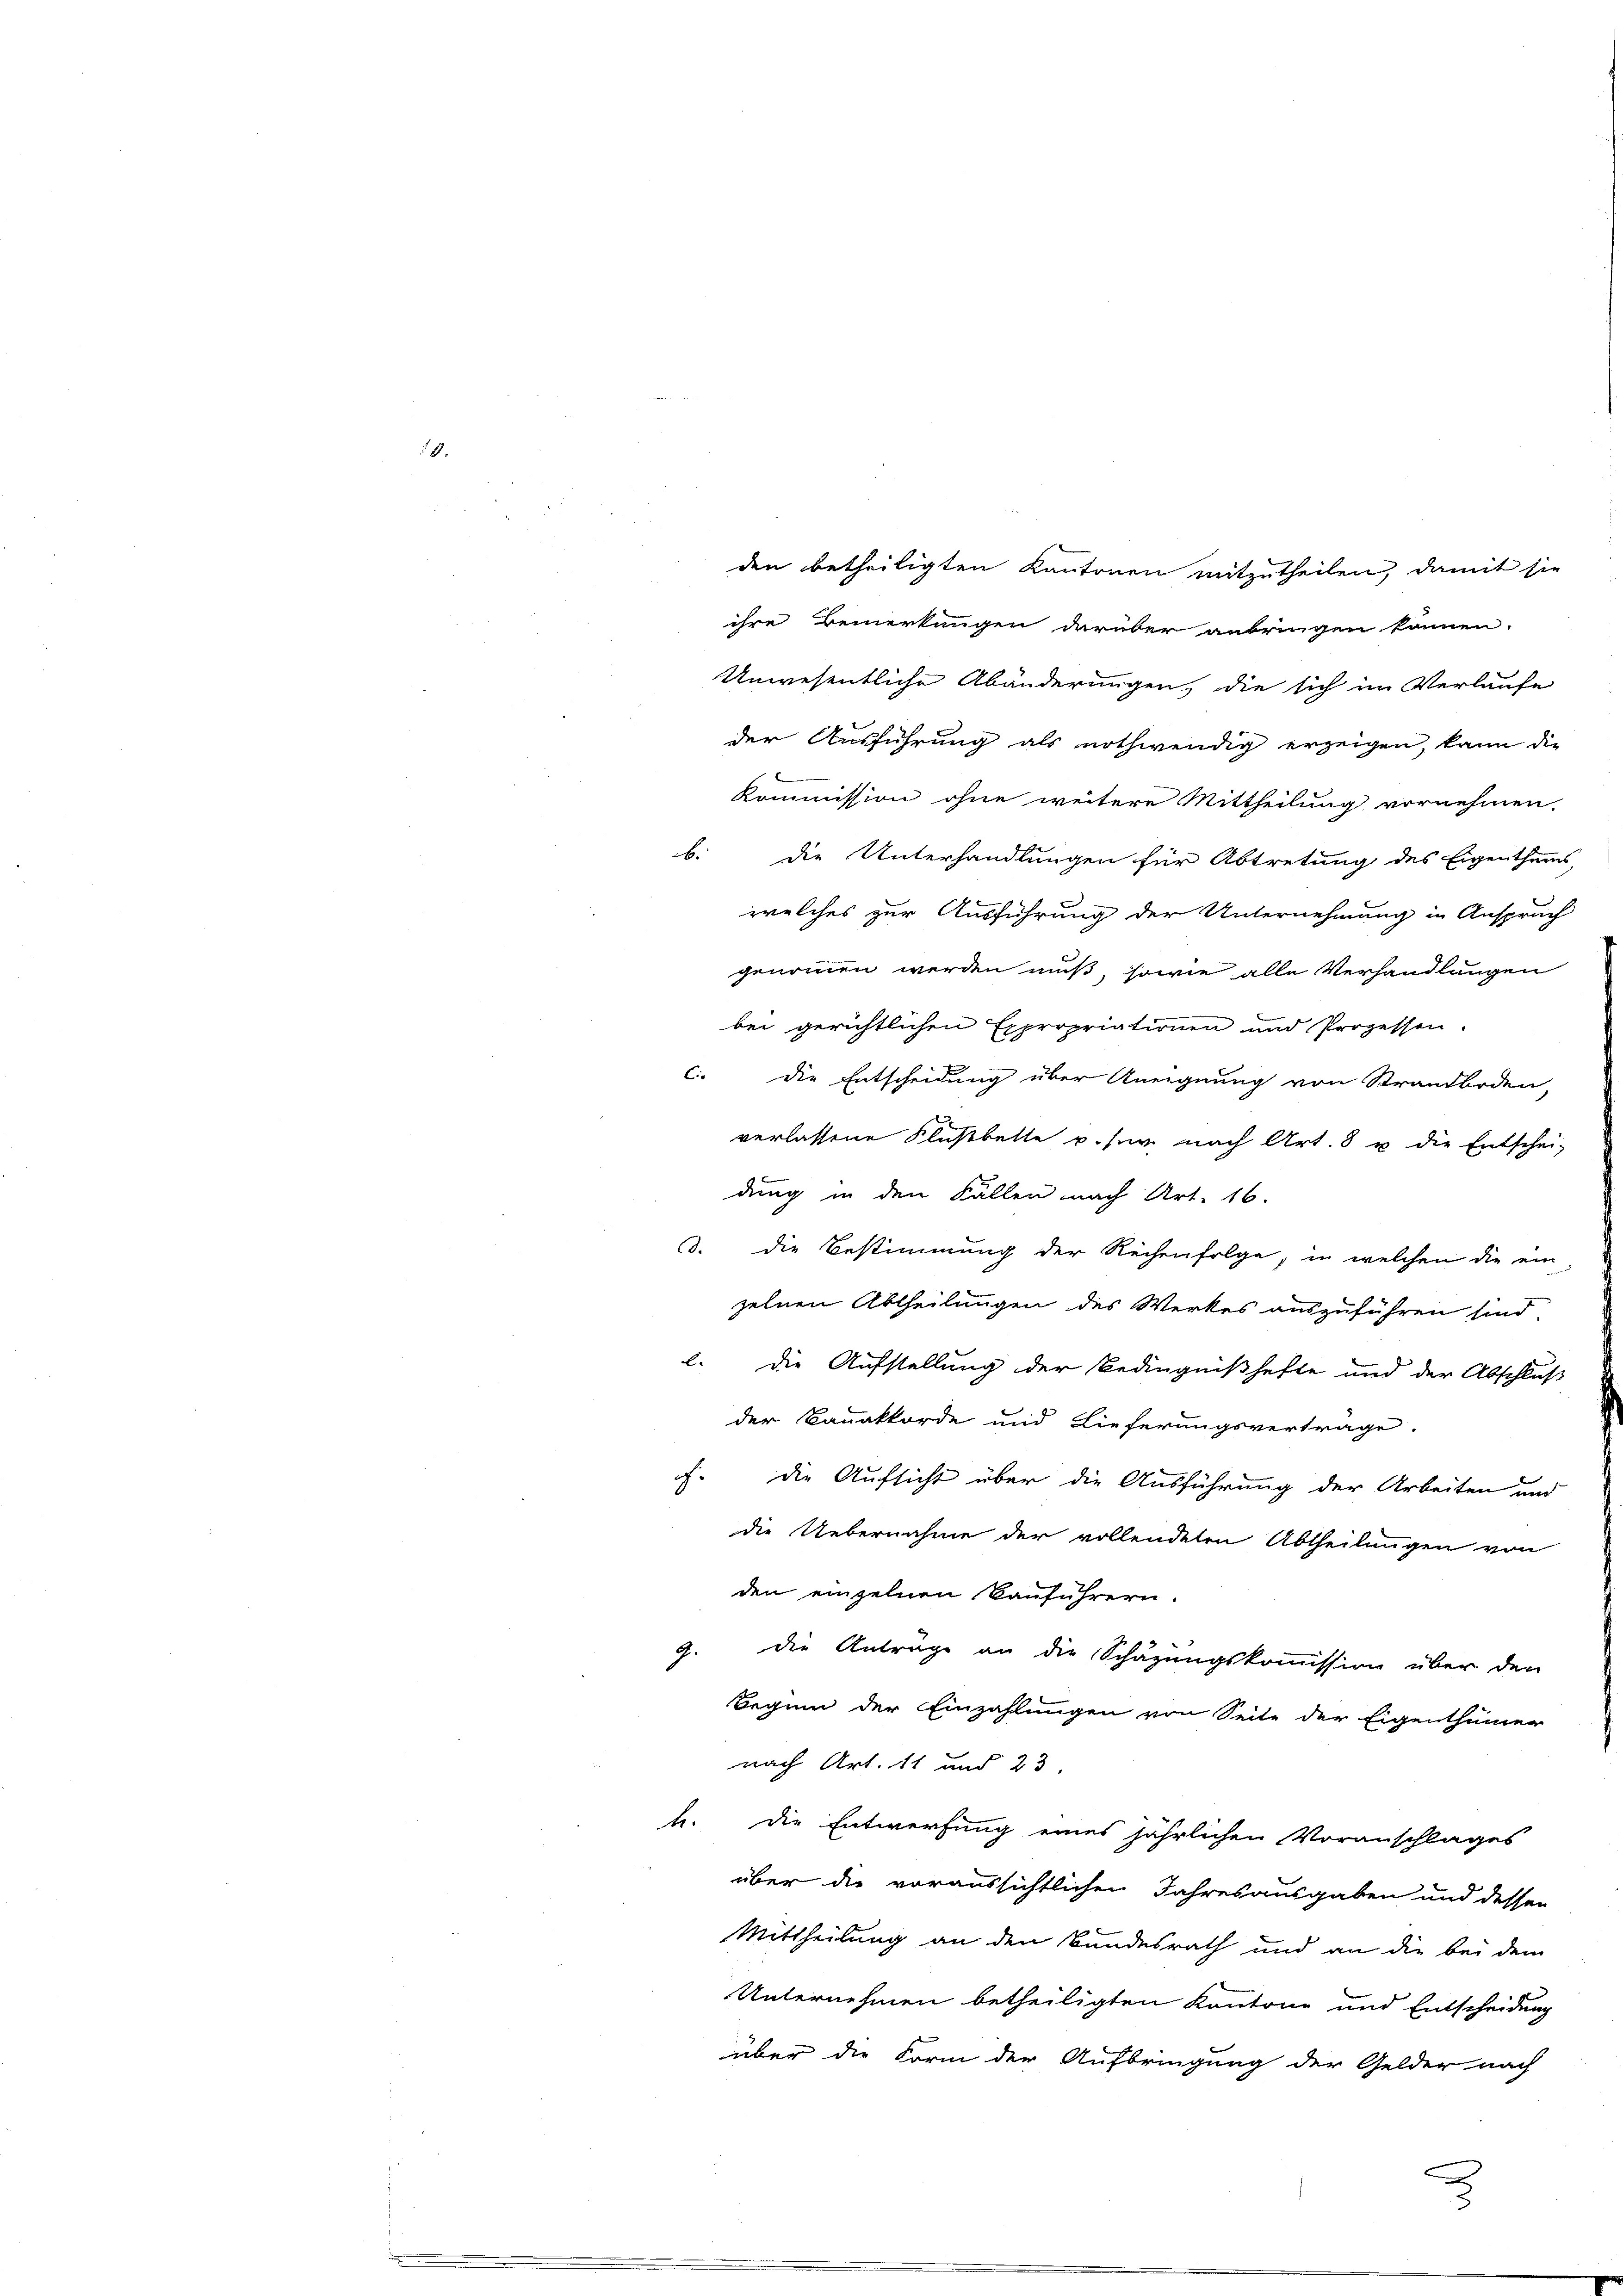
ihre Bemerkungen darüber anbringen können.
Unwesentliche Abänderungen, die sich im Verlaufe
der Ausführung als nothwendig erzeigen, kann die
Kommission ohne weitere Mittheilung vornehmen.
b. die Unterhandlungen für Abtretung des Eigenthums,
welches zur Ausführung der Unternehmung in Anspruch
genommen werden muß, sowie alle Verhandlungen
bei gerichtlichen Expropriationen und Prozessen.
c. die Entscheidung über Aneignung von Strandboden,
verlassene Flußbette u. für nach Art. 8 u. die Entschei-
dung in den Fällen nach Art. 16.
3. die Bestimmung der Reihenfolge, in welchen die ein
zelnen Abtheilungen des Werkes auszuführen sind.
l. die Aufstellung der Bedingnißhefte und der Abschluß
der Banakkorde und Lieferungsvertrage.
c.
die Aufsicht über die Ausführung der Arbeiten und
die Uebernahme der vollendeten Abtheilungen von
den einzelnen Kauführern.
J. die Anträge an die Schazungskommission über den
Beginn der Einzahlungen von Seite der Eigenthümer
nach Art. 11 und 23.
h. die Entwerfung eines jährlichen Voranschlages
über die voraussichtlichen Jahresausgaben und dessen
Mittheilung an den Bundesrath und an die bei dem
Unternehmen betheiligten Kantone und Entscheidung
über die Form der Aufbringung der Gelder nach

den betheiligten Kantonen mitzutheilen, damit sie